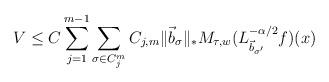
LaTeX: \begin{align*}V\leq C\sum\limits_{j=1}^{m-1}\sum\limits_{\sigma\in C_j^m}C_{j,m}\|\vec{b}_{\sigma}\|_{*}M_{\tau,w}(L_{\vec{b}_{\sigma'}}^{-\alpha/2}f)(x)\end{align*}